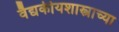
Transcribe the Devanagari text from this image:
वैद्यकीयशास्त्राच्या